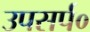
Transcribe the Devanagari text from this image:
उपसर्प०